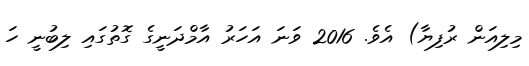
މިލިއަން ރުފިޔާ) އެވެ. 2016 ވަނަ އަހަރު އާމްދަނީގެ ގޮތުގައި ލިބުނީ ހަ